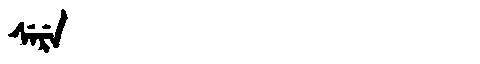
Manchu: ᠰᡝᡵᡝ
Romanization: SERE